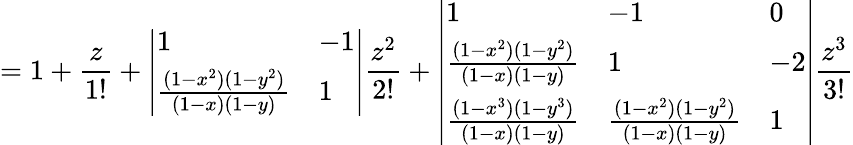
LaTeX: =1+\frac{z}{1!}+\left|\begin{array}{ll}{1}&{-1}\\ {\frac{(1-x^{2})(1-y^{2})}{(1-x)(1-y)}}&{1}\end{array}\right|\frac{z^{2}}{2!}+\left|\begin{array}{lll}{1}&{-1}&{0}\\ {\frac{(1-x^{2})(1-y^{2})}{(1-x)(1-y)}}&{1}&{-2}\\ {\frac{(1-x^{3})(1-y^{3})}{(1-x)(1-y)}}&{\frac{(1-x^{2})(1-y^{2})}{(1-x)(1-y)}}&{1}\end{array}\right|\frac{z^{3}}{3!}